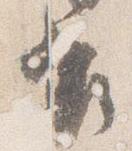
座